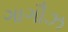
ગાગૌઝ